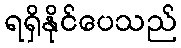
ရရှိနိုင်ပေသည်